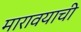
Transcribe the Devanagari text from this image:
मारावयाची